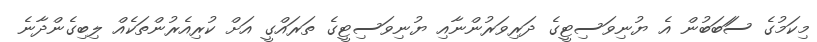
މިކަމުގެ ސަަބަބުން އެ ޔުނިވަސިޓީގެ ދަރިވަރުންނާއި ޔުނިވަސިޓީގެ ތަރައްގީ އަށް ކުރިއެރުންތަކެއް ލިބިގެންދާނެ